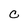
Character: C